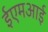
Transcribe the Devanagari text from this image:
ईएमअाई